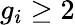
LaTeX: g_{i}\geq 2